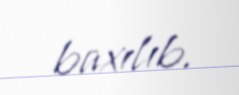
baxılıb.